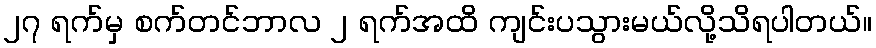
၂၇ ရက်မှ စက်တင်ဘာလ ၂ ရက်အထိ ကျင်းပသွားမယ်လို့သိရပါတယ်။